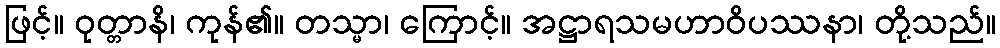
ဖြင့်။ ဝုတ္တာနိ၊ ကုန်၏။ တသ္မာ၊ ကြောင့်။ အဋ္ဌာရသမဟာဝိပဿနာ၊ တို့သည်။